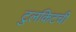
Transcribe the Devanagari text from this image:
टुलकिटची